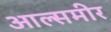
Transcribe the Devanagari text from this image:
आल्समीर